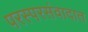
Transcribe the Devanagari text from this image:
परस्परसंवादात